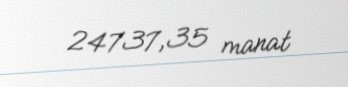
24737,35 manat